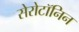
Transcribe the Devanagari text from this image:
सेरोटॉनिन